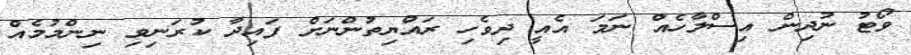
ވޯޓު ނުދިން އިސްލާހެއް ނަމަ އެއީ ދިވެހި ރައްޔިތުންނަށް ފައިދާ ކުރަނިވި ނިންމުމެއް